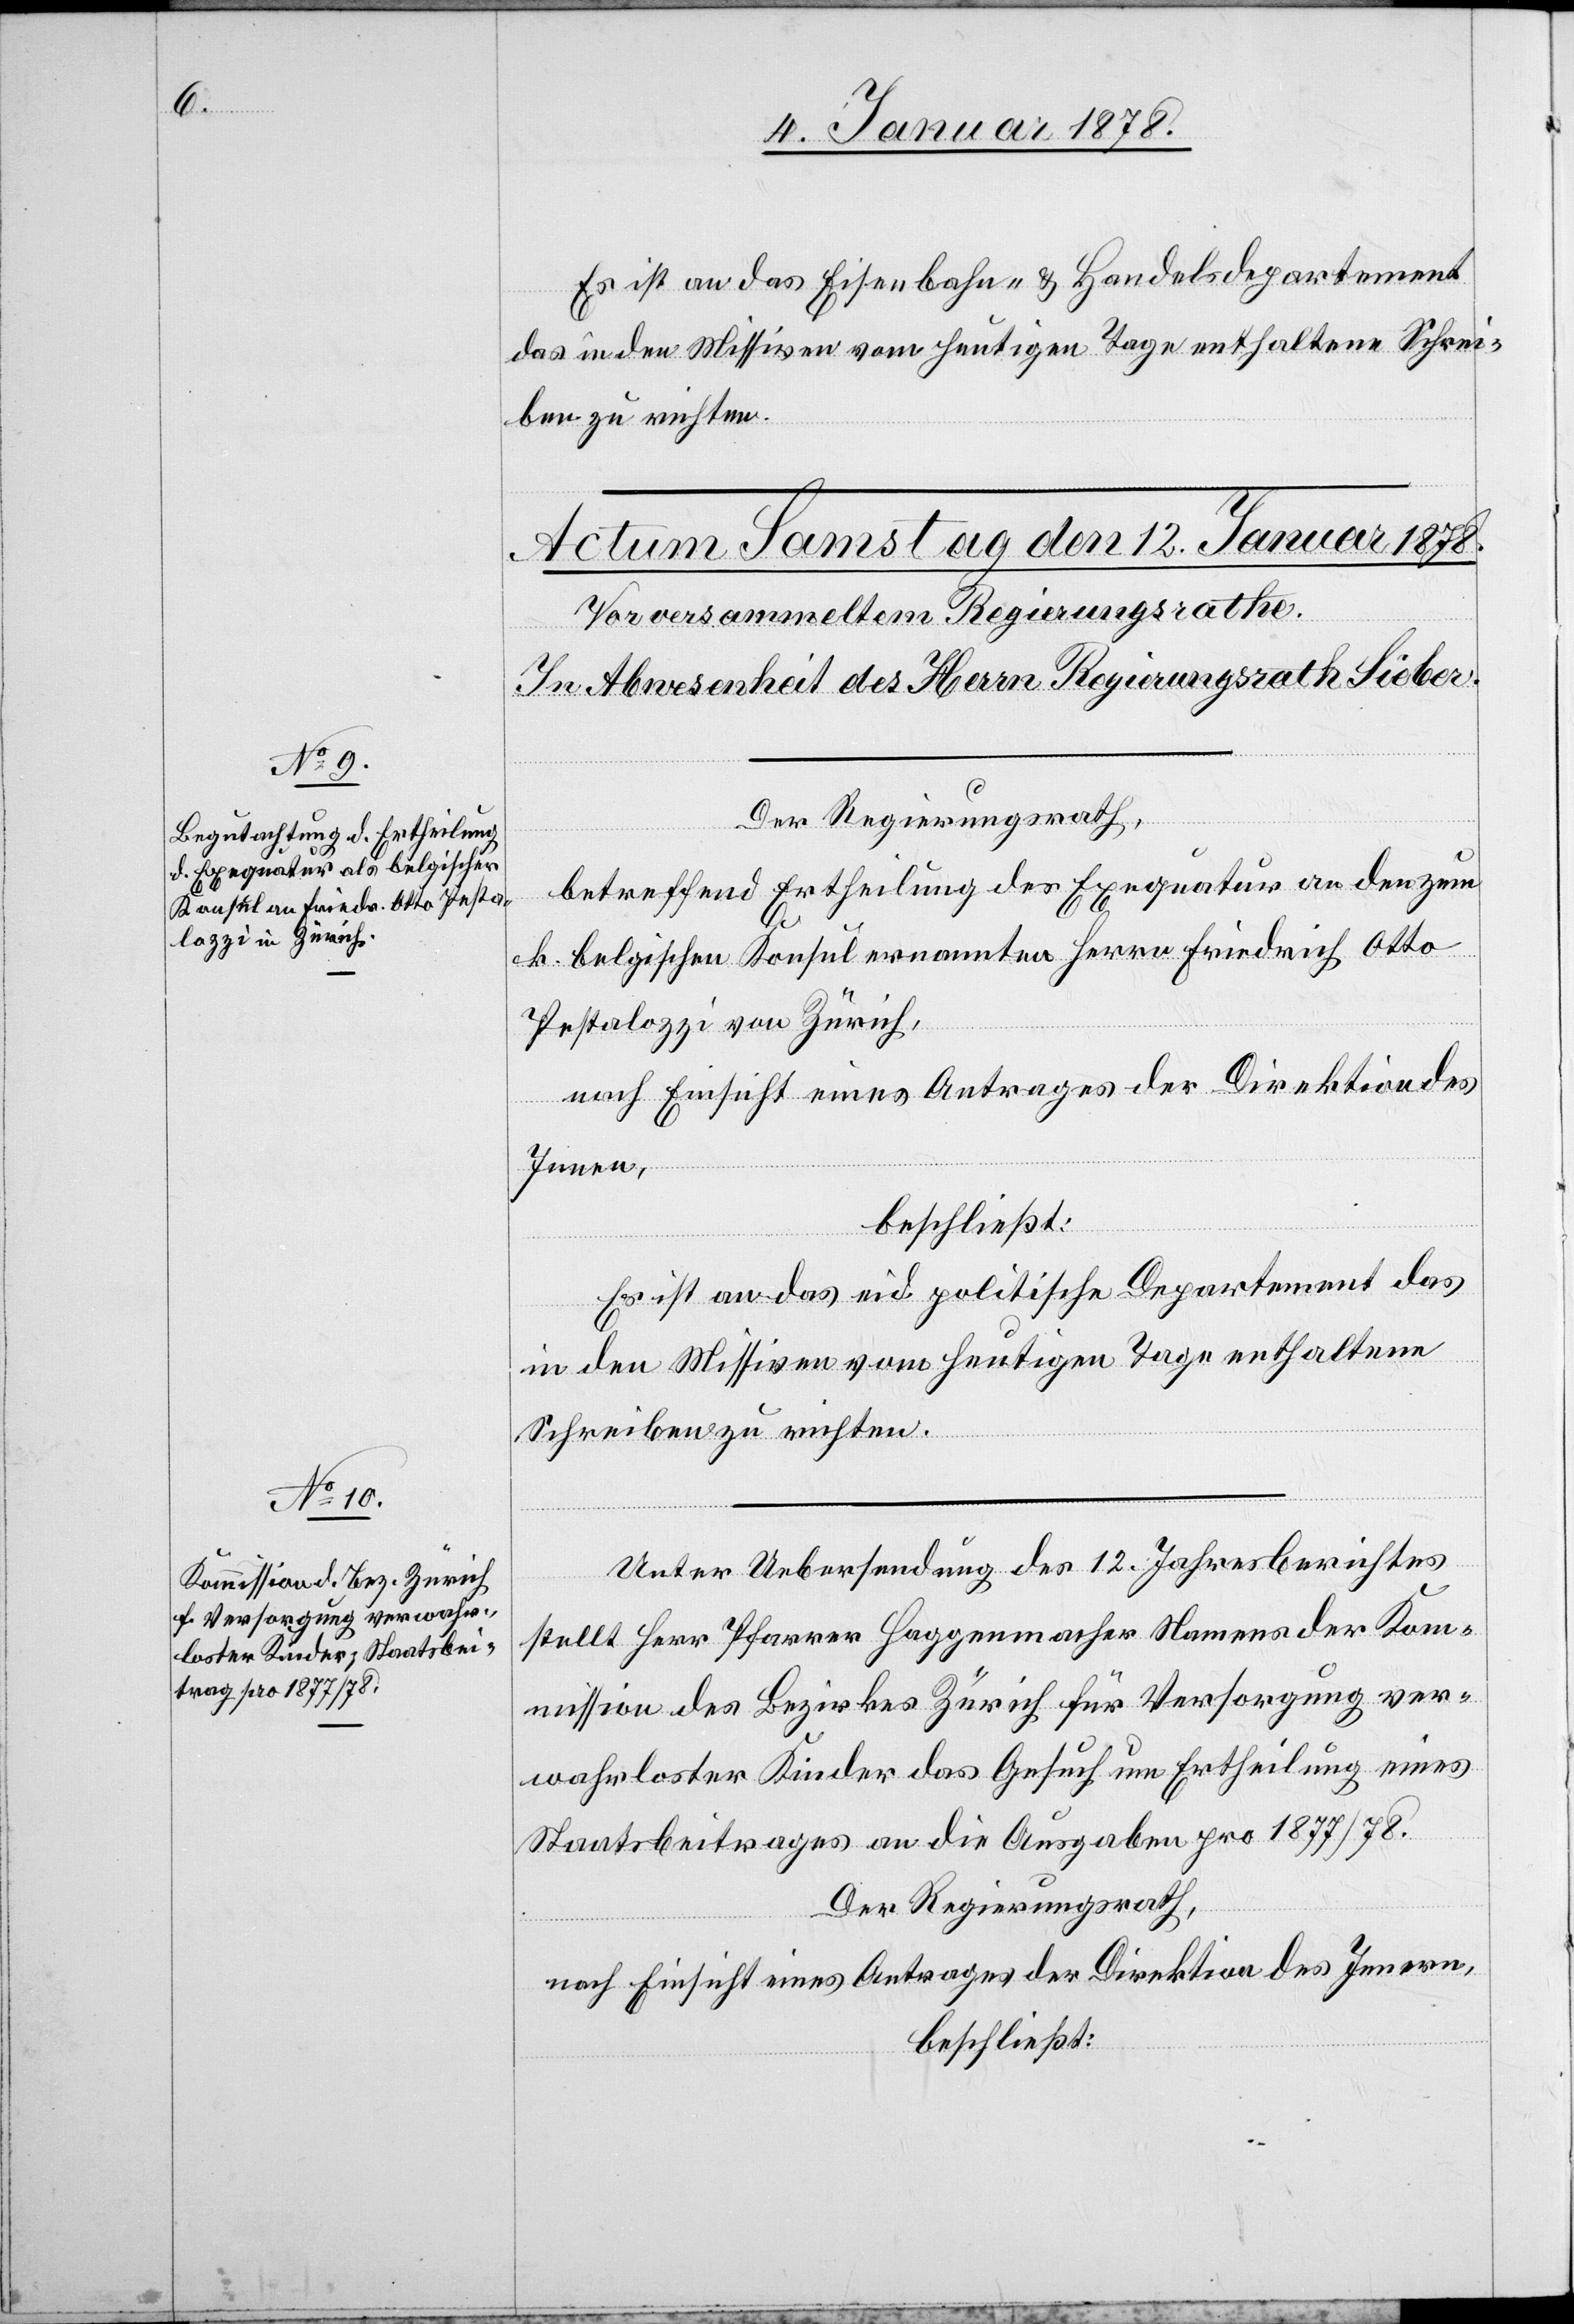
Es ist an das Eisenbahn- u. Handelsdepartement
das in den Missiven vom heutigen Tage enthaltene Schrei¬
ben zu richten.
Der Regierungsrath,
betreffend Ertheilung des Exequatur an den zum
k. belgischen Konsul ernannten Herrn Friedrich Otto
Pestalozzi von Zürich,
nach Einsicht eines Antrages der Direktion des
Innern,
beschließt:
Es ist an das eid. politische Departement das
in den Missiven vom heutigen Tage enthaltene
Schreiben zu richten.
Unter Uebersendung des 12 Jahresberichtes
stellt Herr Pfarrer Haggenmacher Namens der Kom¬
mission des Bezirkes Zürich für Versorgung ver¬
wahrloster Kinder das Gesuch um Ertheilung eines
Staatsbeitrages an die Ausgaben pro 1877/78.
Der Regierungsrath,
nach Einsicht eines Antrages der Direktion des Innern,
beschließt: